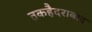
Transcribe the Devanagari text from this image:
तकहैदराबाद